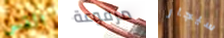
القس مرفوعة سيجار